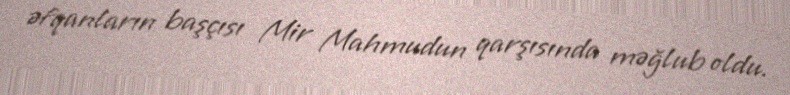
əfqanların başçısı Mir Mahmudun qarşısında məğlub oldu.